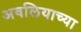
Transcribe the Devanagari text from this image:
अवलियाच्या